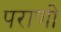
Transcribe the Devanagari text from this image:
पराणी